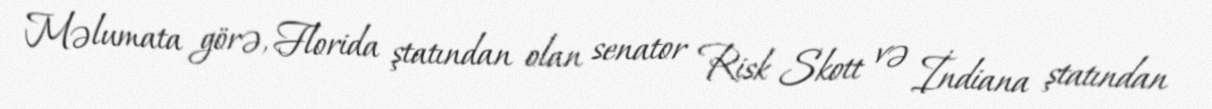
Məlumata görə, Florida ştatından olan senator Risk Skott və İndiana ştatından